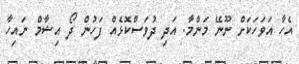
އެހާ އަވަހަކަށް ނޫނޭ މަންމާ. އަދި ދުވަސްކޮޅެއް ފަހުން ދޯ އިޝާމް ނައިހާ